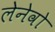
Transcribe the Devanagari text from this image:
लेनेवो